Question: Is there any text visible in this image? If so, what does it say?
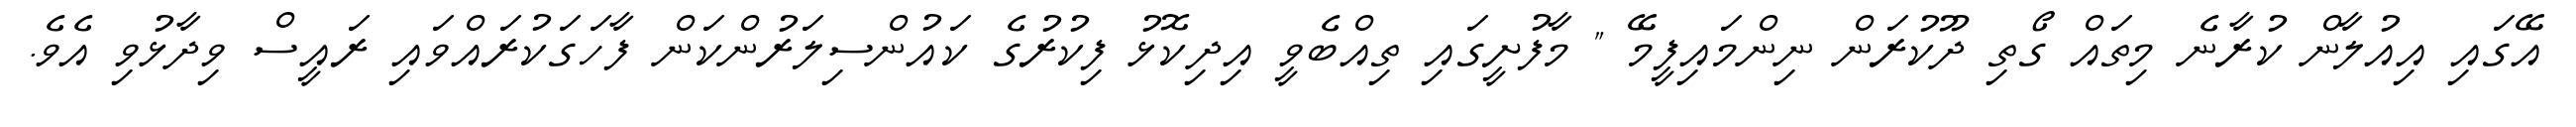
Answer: އޭގައި އިއުލާން ކުރާނެ މިތައް ގޯތި ދޫކުރަން ނިންމައިފީމޭ " މާފުށީގައި ތިއްބެވީ އިދިކޮޅު ފިކުރުގެ ކައުންސިލަރުންކަން ފާހަގަކުރައްވައި ރައީސް ވިދާޅުވި އެވެ.